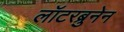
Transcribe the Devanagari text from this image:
लॉटरब्रुनेन